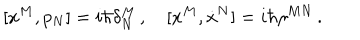
[ x ^ { M } , p _ { N } ] = i \hbar \delta _ { N } ^ { M } \, , \quad [ x ^ { M } , \dot { x } ^ { N } ] = i \hbar \eta ^ { M N } \, .